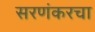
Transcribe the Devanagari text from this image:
सरणंकरचा